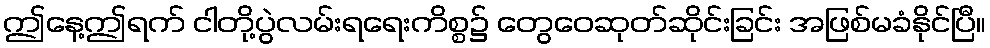
ဤနေ့ဤရက် ငါတို့ပွဲလမ်းရရေးကိစ္စ၌ တွေဝေဆုတ်ဆိုင်းခြင်း အဖြစ်မခံနိုင်ပြီ။